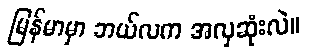
မြန်မာမှာ ဘယ်လက အလှဆုံးလဲ။